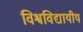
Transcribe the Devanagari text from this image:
विश्वविद्यायीय